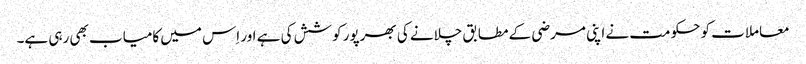
معاملات کو حکومت نے اپنی مرضی کے مطابق چلانے کی بھرپور کوشش کی ہے اور اِس میں کامیاب بھی رہی ہے۔